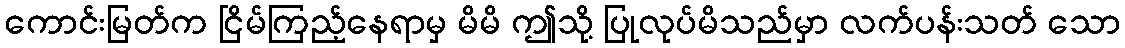
ကောင်းမြတ်က ငြိမ်ကြည့်နေရာမှ မိမိ ဤသို့ ပြုလုပ်မိသည်မှာ လက်ပန်းသတ် သော